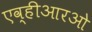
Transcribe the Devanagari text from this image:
एव्हीआरओ